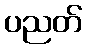
ပညတ်